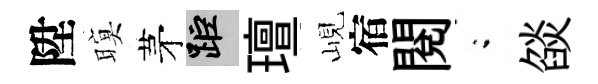
陞暝茅距璮峴宿閲閤燄